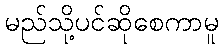
မည်သို့ပင်ဆိုစေကာမူ